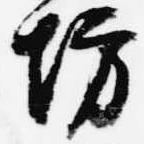
坊